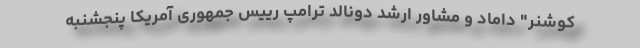
کوشنر" داماد و مشاور ارشد دونالد ترامپ رییس جمهوری آمریکا پنجشنبه